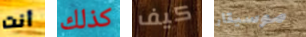
أنت كذلك كيف موسيقار